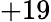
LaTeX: +19